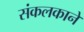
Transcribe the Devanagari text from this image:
संकलकाने